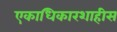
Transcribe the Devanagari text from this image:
एकाधिकारशाहीस